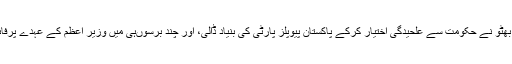
واپسی پر بھٹو نے حکومت سے علٰحیدگی اختیار کرکے پاکستان پیوپلز پارٹی کی بنیاد ڈالی، اور چند برسوںہی میں وزیر اعظم کے عہدے پرفائز ہوگئے۔